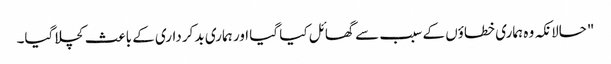
"حالانکہ وہ ہماری خطاؤں کے سبب سے گھائل کیا گیا اور ہماری بد کرداری کے باعث کچلا گیا۔